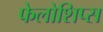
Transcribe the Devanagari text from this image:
फेलोशिप्स